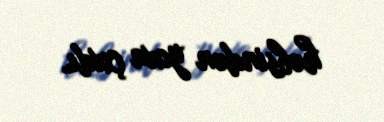
həbsindən yoxa çıxdı.